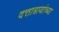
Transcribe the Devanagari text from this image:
दत्तात्रायांच्या